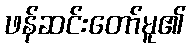
ဖန်ဆင်းတော်မူ၏